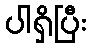
ပါရှိပြီး